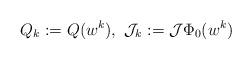
LaTeX: \begin{align*}Q_k:=Q({w}^k),\ \mathcal{J}_k:=\mathcal{J}\Phi_0({w}^k)\end{align*}